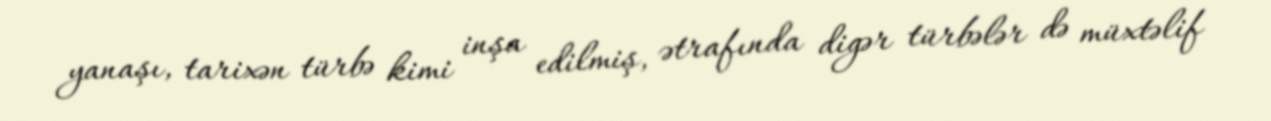
yanaşı, tarixən türbə kimi inşa edilmiş, ətrafında digər türbələr də müxtəlif